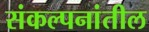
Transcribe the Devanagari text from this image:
संकल्पनांतील